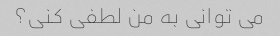
می توانی به من لطفی کنی؟